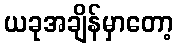
ယခုအချိန်မှာတော့